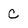
Character: C